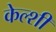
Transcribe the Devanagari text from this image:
केल्शी